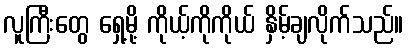
လူကြီးတွေ ရှေ့မို့ ကိုယ့်ကိုကိုယ် နှိမ့်ချလိုက်သည်။